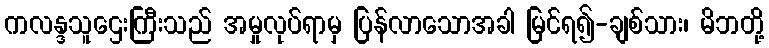
ကလန္ဒသူဌေးကြီးသည် အမှုလုပ်ရာမှ ပြန်လာသောအခါ မြင်ရ၍-ချစ်သား၊ မိဘတို့